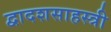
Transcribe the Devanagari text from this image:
द्वादशसाहस्त्री